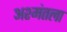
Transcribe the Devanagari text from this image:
अश्मंतला